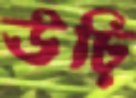
ঊঢ়ি